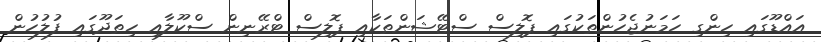
އައްޑޫގައި ހިންގި ހަމަނުޖެހުންތަކުގައި ޕޮލިސް ސްޓޭޝަންތަކާއި ޕޮލިސް ޓްރޭނިން ސްކޫލާއި ހިތަދޫގައި ފުލުހުން